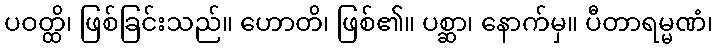
ပဝတ္ထိ၊ ဖြစ်ခြင်းသည်။ ဟောတိ၊ ဖြစ်၏။ ပစ္ဆာ၊ နောက်မှ။ ပီတာရမ္မဏံ၊